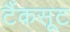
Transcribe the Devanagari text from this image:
टैंकसूट